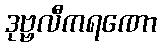
ဒုဗ္ဗလီကရဏော